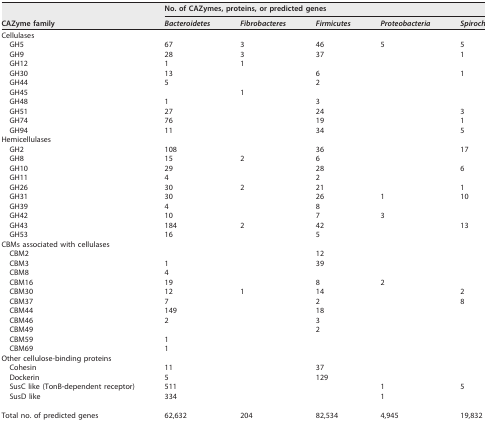
| <ROWSPAN=2> CAZyme family | <COLSPAN=5> No. of CAZymes, proteins, or predicted genes |
 | Bacteroidetes | Fibrobacteres | Firmicutes | Proteobacteria | Spirochaetes |
 | --- | --- | --- | --- | --- | --- |
 | Cellulases |  |  |  |  |  |
 | GH5 | 67 | 3 | 46 | 5 | 5 |
 | GH9 | 28 | 3 | 37 |  | 1 |
 | GH12 | 1 | 1 |  |  |  |
 | GH30 | 13 |  | 6 |  | 1 |
 | GH44 | 5 |  | 2 |  |  |
 | GH45 |  | 1 |  |  |  |
 | GH48 | 1 |  | 3 |  |  |
 | GH51 | 27 |  | 24 |  | 3 |
 | GH74 | 76 |  | 19 |  | 1 |
 | GH94 | 11 |  | 34 |  | 5 |
 | Hemicellulases |  |  |  |  |  |
 | GH2 | 108 |  | 36 |  | 17 |
 | GH8 | 15 | 2 | 6 |  |  |
 | GH10 | 29 |  | 28 |  | 6 |
 | GH11 | 4 |  | 2 |  |  |
 | GH26 | 30 | 2 | 21 |  | 1 |
 | GH31 | 30 |  | 26 | 1 | 10 |
 | GH39 | 4 |  | 8 |  |  |
 | GH42 | 10 |  | 7 | 3 |  |
 | GH43 | 184 | 2 | 42 |  | 13 |
 | GH53 | 16 |  | 5 |  |  |
 | CBMs associated with cellulases |  |  |  |  |  |
 | CBM2 |  |  | 12 |  |  |
 | CBM3 | 1 |  | 39 |  |  |
 | CBM8 | 4 |  |  |  |  |
 | CBM16 | 19 |  | 8 | 2 |  |
 | CBM30 | 12 | 1 | 14 |  | 2 |
 | CBM37 | 7 |  | 2 |  | 8 |
 | CBM44 | 149 |  | 18 |  |  |
 | CBM46 | 2 |  | 3 |  |  |
 | CBM49 |  |  | 2 |  |  |
 | CBM59 | 1 |  |  |  |  |
 | CBM69 | 1 |  |  |  |  |
 | Other cellulose-binding proteins |  |  |  |  |  |
 | Cohesin | 11 |  | 37 |  |  |
 | Dockerin | 5 |  | 129 |  |  |
 | SusC like (TonB-dependent receptor) | 511 |  |  | 1 | 5 |
 | SusD like | 334 |  |  | 1 |  |
 | <COLSPAN=6>  |
 | Total no. of predicted genes | 62,632 | 204 | 82,534 | 4,945 | 19,832 |